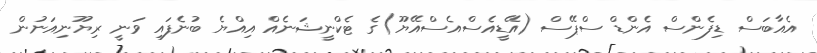
އެއާބަސް ޑިފެންސް އެންޑް ސްޕޭސް (އޭޑީއެސްއެސްއޭޔޫ)ގެ ޓެކްނީޝަނެއް އިއްޔެ ބުނެފައި ވަނީ ރިޔޫނިއަނުން